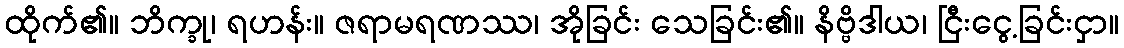
ထိုက်၏။ ဘိက္ခု၊ ရဟန်း။ ဇရာမရဏဿ၊ အိုခြင်း သေခြင်း၏။ နိဗ္ဗိဒါယ၊ ငြီးငွေ့ခြင်းငှာ။